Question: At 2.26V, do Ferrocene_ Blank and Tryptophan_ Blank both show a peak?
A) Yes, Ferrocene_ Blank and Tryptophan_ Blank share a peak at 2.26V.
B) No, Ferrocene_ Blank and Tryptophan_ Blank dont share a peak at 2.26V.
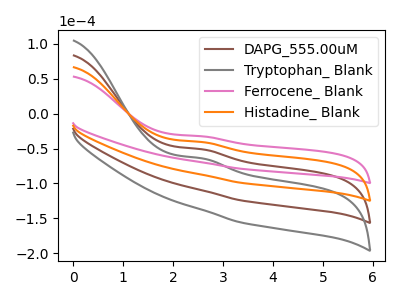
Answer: <think>The brown curve "DAPG_555.00uM" has an anodic peak at: (2.55V, -81.30uA). The gray curve "Tryptophan_ Blank" has an anodic peak at: (2.55V, -121.95uA). The pink curve "Ferrocene_ Blank" has an anodic peak at: (2.55V, -32.40uA). The orange curve "Histadine_ Blank" has an anodic peak at: (2.55V, -40.65uA).</think>
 <answer>B) No, "Ferrocene_ Blank" and "Tryptophan_ Blank" dont share a peak at 2.26V.</answer>
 <eval>B</eval>